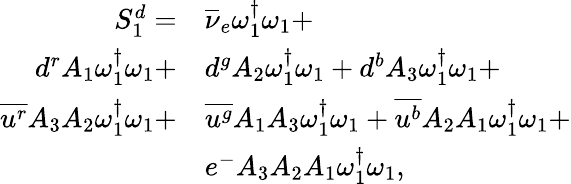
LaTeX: \begin{array}{rl}{S_{1}^{d}=}&{{\overline{{\nu}}_{e}}\omega_{1}^{\dagger}\omega_{1}+}\\ {{d}^{r}{A_{1}}\omega_{1}^{\dagger}\omega_{1}+}&{{d}^{g}{A_{2}}\omega_{1}^{\dagger}\omega_{1}+{d}^{b}{A_{3}}\omega_{1}^{\dagger}\omega_{1}+}\\ {\overline{{u^{r}}}{A_{3}}{A_{2}}\omega_{1}^{\dagger}\omega_{1}+}&{\overline{{u^{g}}}{A_{1}}{A_{3}}\omega_{1}^{\dagger}\omega_{1}+\overline{{u^{b}}}{A_{2}}{A_{1}}\omega_{1}^{\dagger}\omega_{1}+}\\ &{e^{-}{A_{3}}{A_{2}}{A_{1}}\omega_{1}^{\dagger}\omega_{1},}\end{array}